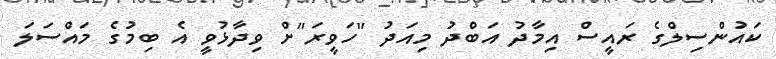
ކައުންސިލްގެ ރައީސް އިމާދު އަބްދު މިއަދު "ހަވީރަ"ށް ވިދާޅުވީ އެ ބިމުގެ މައްސަލަ